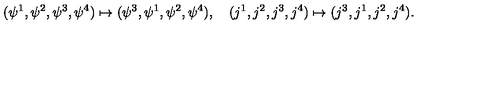
( \psi ^ { 1 } , \psi ^ { 2 } , \psi ^ { 3 } , \psi ^ { 4 } ) \mapsto ( \psi ^ { 3 } , \psi ^ { 1 } , \psi ^ { 2 } , \psi ^ { 4 } ) , \quad ( j ^ { 1 } , j ^ { 2 } , j ^ { 3 } , j ^ { 4 } ) \mapsto ( j ^ { 3 } , j ^ { 1 } , j ^ { 2 } , j ^ { 4 } ) .